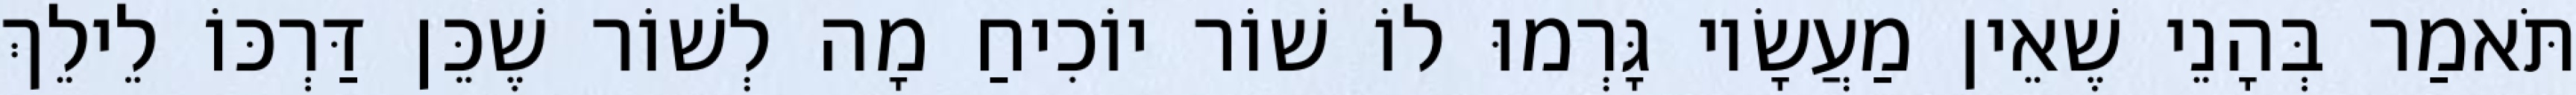
תֹּאמַר בְּהָנֵי שֶׁאֵין מַעֲשָׂיו גָּרְמוּ לוֹ שׁוֹר יוֹכִיחַ מָה לְשׁוֹר שֶׁכֵּן דַּרְכּוֹ לֵילֵךְ